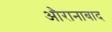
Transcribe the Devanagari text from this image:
औरानाबाद